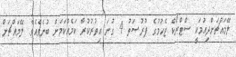
ލޭމައްޗަށްދިއުމަކީ ސްޓްރޯކް ޖެހުމުގެ ފުރުޞަތު 4 ގުނަ އިތުރުކުރާ ކަމެއްކަމަށް ބުނެވެއެވެ. ލޭމައްޗަށް